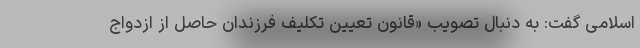
اسلامی گفت: به دنبال تصویب «قانون تعیین تکلیف فرزندان حاصل از ازدواج